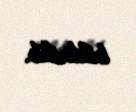
bildirilib.